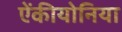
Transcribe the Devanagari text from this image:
ऐंकीयोनिया